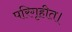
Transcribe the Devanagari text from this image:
परिगृहीत।